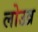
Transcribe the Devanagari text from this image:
लोउव्र